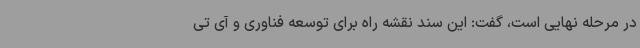
در مرحله نهایی است، گفت: این سند نقشه راه برای توسعه فناوری و آی تی